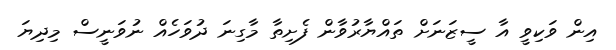
އިން ވަކިވީ އާ ސީޒަނަށް ތައްޔާރުވާން ފެށިތާ މާގިނަ ދުވަހެއް ނުވަނީސް މިދިޔަ